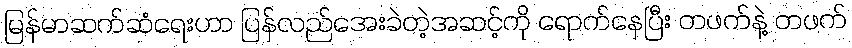
မြန်မာဆက်ဆံရေးဟာ ပြန်လည်အေးခဲတဲ့အဆင့်ကို ရောက်နေပြီး တဖက်နဲ့ တဖက်